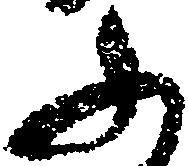
ふ